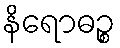
နိရောဓဉ္စ